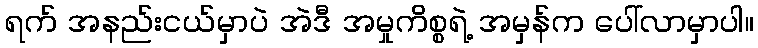
ရက် အနည်းငယ်မှာပဲ အဲဒီ အမှုကိစ္စရဲ့ အမှန်က ပေါ်လာမှာပါ။